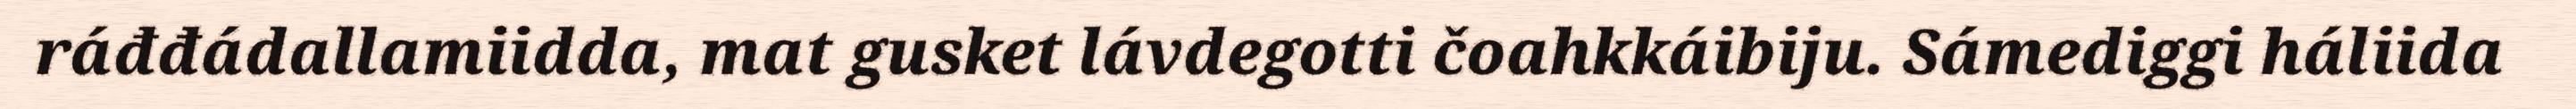
ráđđádallamiidda, mat gusket lávdegotti čoahkkáibiju. Sámediggi háliida